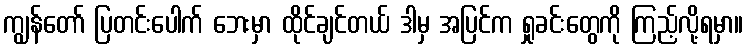
ကျွန်တော် ပြတင်းပေါက် ဘေးမှာ ထိုင်ချင်တယ် ဒါမှ အပြင်က ရှုခင်းတွေကို ကြည့်လို့ရမှာ။